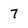
Character: 7